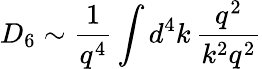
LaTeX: D_{6}\sim\frac{1}{q^{4}}\int d^{4}k\, \frac{q^{2}}{k^{2}q^{2}}